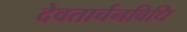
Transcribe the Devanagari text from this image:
देवतार्चनविधि